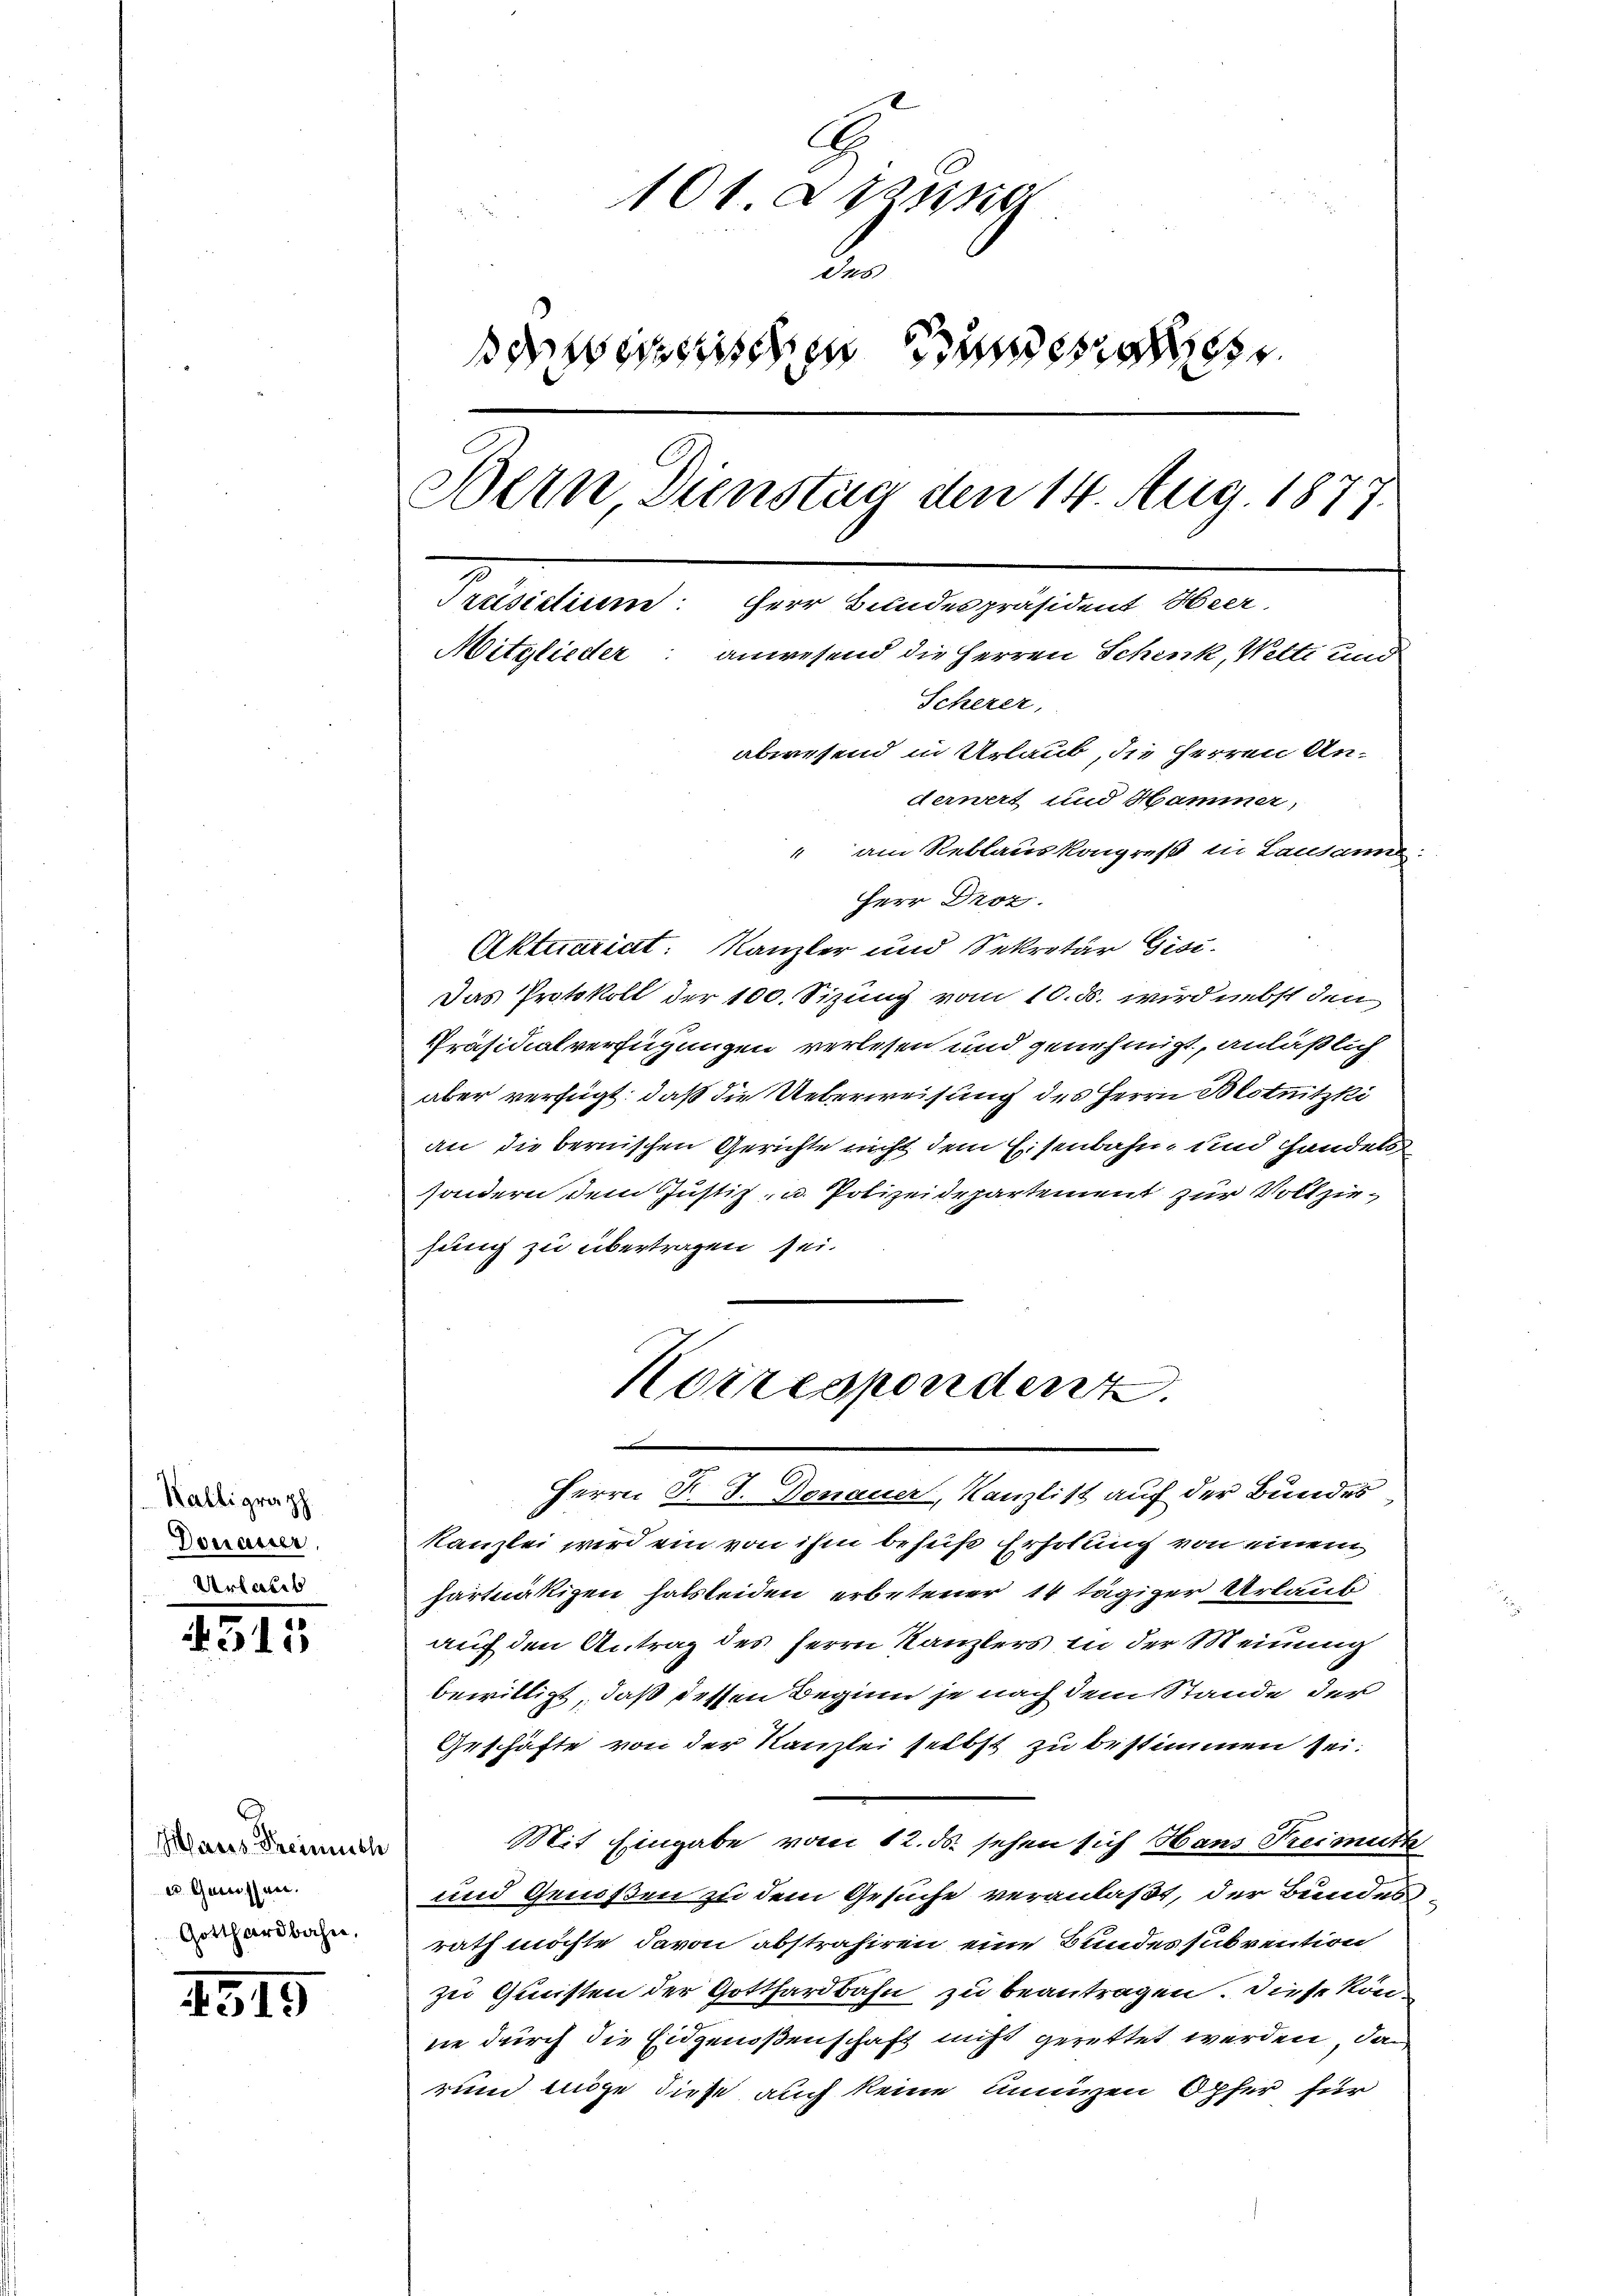
Kalligraph
Donauer

4315

Gilbares Freinrich
er Querossen.
Gotthardbahn.

315

104. abzusic
des
d weiseischen Bundesre
Bern Dienstag den 14 Aug. 1877.
Präsidium Herr Bundespräsident Heer,
Mitglieder: anwesend die Herren Schenk, Welti und
Scherer,
abwesend in Urlaub, die Herren An-
derwert und Hammer,
" am Reblauskongreß in Lausanne.

Herr Droz.
Aktuariat: Kanzler und Sekretär Gisi-
Das Protokoll der 100. Sizung vom 10. ds. wird nebst den
PPräsidialverfügungen verlesen und genehmigt, anläßlich
aber verfügt: daß die Ueberweisung des Herrn Blotnitzki
an die bernischen Gerichte nicht dem Eisenbahn- und Handels
sondern dem Justiz- u. Polizeidepartement zur Vollziehung zu übertragen sei.
Herrn F. J. Donauer, Kanzlist auf der Bundes
Kanzlei wird ein von ihm behuf Erholung von einem
hartnätizen halsleiden erbetener 14 tägiger Urlauf
auch den Antrag des Herrn Kanzlers in der Meinung
bewilligt, daß dessen Beginn je nach dem Stande der
Geschäfte von der Kanzlei selbst zu bestimmen sei.
Mit Eingabe vom 12. ds. sehen sich Hans Freimüth
und Genoßen zu dem Gesuche veranlaßt, der Bundesrath möchte, davon abstrahiren eine Bundessubvention
zu Gunsten der Gotthardbahn zu beantragen. Diese könne durch die Eidgenoßenschaft nicht gerettet werden, da
rund möge diese auch keine unangen Opfer für

Korrespondenz.
e